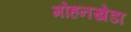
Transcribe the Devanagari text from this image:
मोहनखेडा